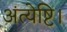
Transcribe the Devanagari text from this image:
अंत्येष्टि।